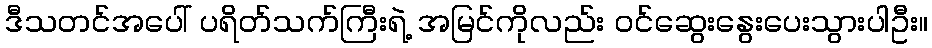
ဒီသတင်အပေါ် ပရိတ်သက်ကြီးရဲ့ အမြင်ကိုလည်း ဝင်ဆွေးနွေးပေးသွားပါဦး။